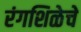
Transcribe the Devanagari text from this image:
रंगशिळेचे